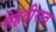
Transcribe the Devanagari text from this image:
मेहंदीरात